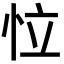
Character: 𢘮